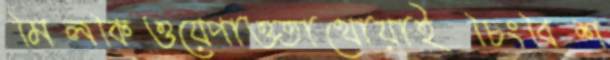
মিলকিওয়েপাওতাথোয়াইচিংবিশ